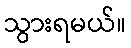
သွားရမယ်။